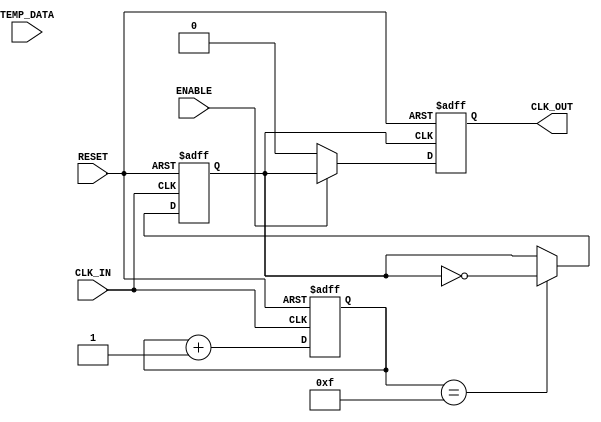
module TempCompClockBuffer (
    input wire CLK_IN,            // Input clock signal
    input wire [7:0] TEMP_DATA,   // Temperature data input (simulated)
    output reg CLK_OUT,           // Buffered clock output
    input wire ENABLE,            // Enable signal for the buffer
    input wire RESET              // Reset signal
);

    // Parameters for temperature compensation
    parameter TEMP_THRESHOLD = 8'd25; // Example threshold temperature
    parameter HIGH_DRIVE = 2'b11;      // High drive strength setting
    parameter LOW_DRIVE = 2'b01;       // Low drive strength setting

    // Internal signals
    reg [1:0] drive_strength;          // Drive strength setting
    reg clk_buf;                       // Internal buffered clock signal
    reg [3:0] counter;                 // Counter for clock generation

    // Clock buffer logic
    always @(posedge CLK_IN or posedge RESET) begin
        if (RESET) begin
            counter <= 4'b0000;
            clk_buf <= 1'b0;
        end else begin
            // Simple clock buffer implementation with counter
            counter <= counter + 1;
            if (counter == 4'b1111) begin
                clk_buf <= ~clk_buf; // Toggle buffered clock
            end
        end
    end

    // Temperature compensation logic
    always @(TEMP_DATA) begin
        if (TEMP_DATA > TEMP_THRESHOLD) begin
            drive_strength <= HIGH_DRIVE; // Set high drive for high temp
        end else begin
            drive_strength <= LOW_DRIVE; // Set low drive for low temp
        end
    end

    // Output clock generation with compensation
    always @(posedge clk_buf or posedge RESET) begin
        if (RESET) begin
            CLK_OUT <= 1'b0;
        end else if (ENABLE) begin
            // Adjust output clock based on drive strength
            case (drive_strength)
                HIGH_DRIVE: CLK_OUT <= clk_buf; // High drive output
                LOW_DRIVE:  CLK_OUT <= clk_buf; // Low drive output (could add delay here)
                default:    CLK_OUT <= clk_buf; // Default case
            endcase
        end else begin
            CLK_OUT <= 1'b0; // Disable output if not enabled
        end
    end

endmodule